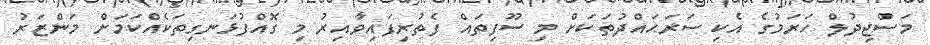
މަސްޖިދުލް ހަރަމުގެ އެކި ސަރަޙައްދުތަކަށް މި ސޫފިތައް ފެތުރިފައިވާއިރު މި ގޮއްފުޅަނގިތަކެއްކަމަށް މަންޒަރު